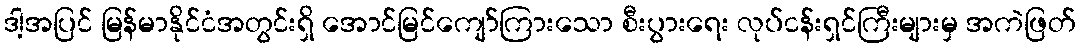
ဒါ့အပြင် မြန်မာနိုင်ငံအတွင်းရှိ အောင်မြင်ကျော်ကြားသော စီးပွားရေး လုပ်ငန်းရှင်ကြီးများမှ အကဲဖြတ်